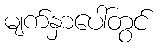
မျက်နှာပေါ်တွင်